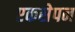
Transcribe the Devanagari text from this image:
एकसेपन